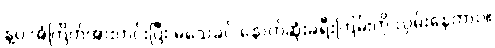
နဲ့ပဲ အံကြိတ်အားတင်းပြီး မသေခင် နောက်ဆုံးခရီးကြမ်းကို လှမ်းနေတာပဲ။